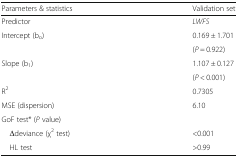
<table><thead><tr><td><b>Parameters &amp; statistics</b></td><td><b>Validation set</b></td></tr></thead><tbody><tr><td>Predictor</td><td><i>LWFS</i></td></tr><tr><td>Intercept (b<sub>o</sub>)</td><td>0.169 ± 1.701</td></tr><tr><td></td><td>(<i>P</i> = 0.922)</td></tr><tr><td>Slope (b<sub>1</sub>)</td><td>1.107 ± 0.127</td></tr><tr><td></td><td>(<i>P</i> &lt; 0.001)</td></tr><tr><td>R<sup>2</sup></td><td>0.7305</td></tr><tr><td>MSE (dispersion)</td><td>6.10</td></tr><tr><td colspan="2">GoF test* (<i>P</i> value)</td></tr><tr><td> Δdeviance (χ<sup>2</sup> test)</td><td>&lt;0.001</td></tr><tr><td> HL test</td><td>&gt;0.99</td></tr></tbody></table>